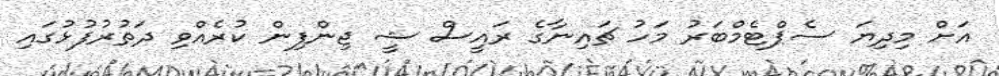
އަށް މިދިޔަ ސެޕްޓެމްބަރު މަހު ޗައިނާގެ ރައީސް ޝީ ޖިންފިން ކުރެއްވި ދަތުރުފުޅުގައި